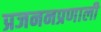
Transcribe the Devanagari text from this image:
प्रजननप्रणाली